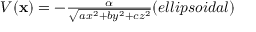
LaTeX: \begin{array} { c } { { V ( { \bf x } ) = - { \frac { \alpha } { \sqrt { a x ^ { 2 } + b y ^ { 2 } + c z ^ { 2 } } } } \space \space \space \space ( e l l i p s o i d a l ) } } \end{array}